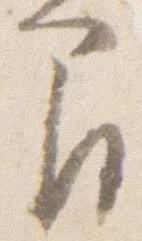
間